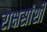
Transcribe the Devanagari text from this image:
राक्षसांशी